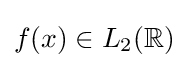
f(x)\in L_{2}(\mathbb {R} )